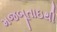
મજબૂતાઇથી